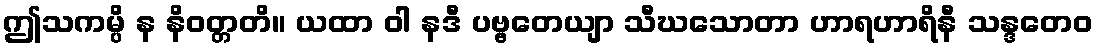
ဤသကမ္ပိ န နိဝတ္တတိ။ ယထာ ဝါ နဒီ ပဗ္ဗတေယျာ သီဃသောတာ ဟာရဟာရိနီ သန္ဒတေဝ